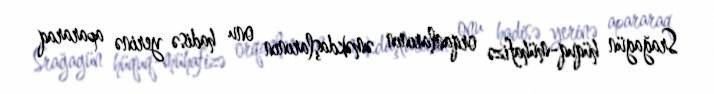
Srağagün hüquq-mühafizə orqanlarının əməkdaşlarının onu hadisə yerinə apararaq